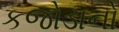
કજોડાનો